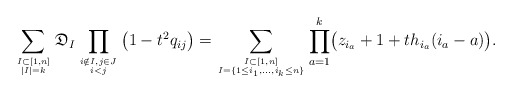
\begin{align*}\sum_{I \subset [1,n] \atop |I|=k} \mathfrak{D}_{I} \prod_{i \notin I, j \in J \atop i < j} \big(1-t^2 q_{ij}\big)= \sum_{I \subset [1,n] \atop I=\{ 1 \le i_1,\ldots,i_k \le n \}} \prod_{a=1}^{k} \bigl(z_{i_{a}}+1 +t h_{i_{a}}(i_{a}-a) \bigr).\end{align*}